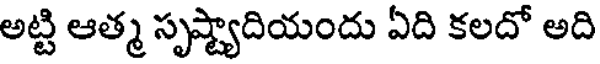
అట్టి ఆత్మ సృష్ట్యాదియందు ఏది కలదో అది